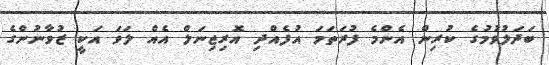
ބަދަލުވުމުގެ ކުރިން އެންމެ ފުރަތަމަ އުފެއްދި އޮރިޖިނަލް އެއް ލަވަ އަކީ ޒުވާނުންގެ